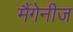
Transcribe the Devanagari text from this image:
मैंगेनीज